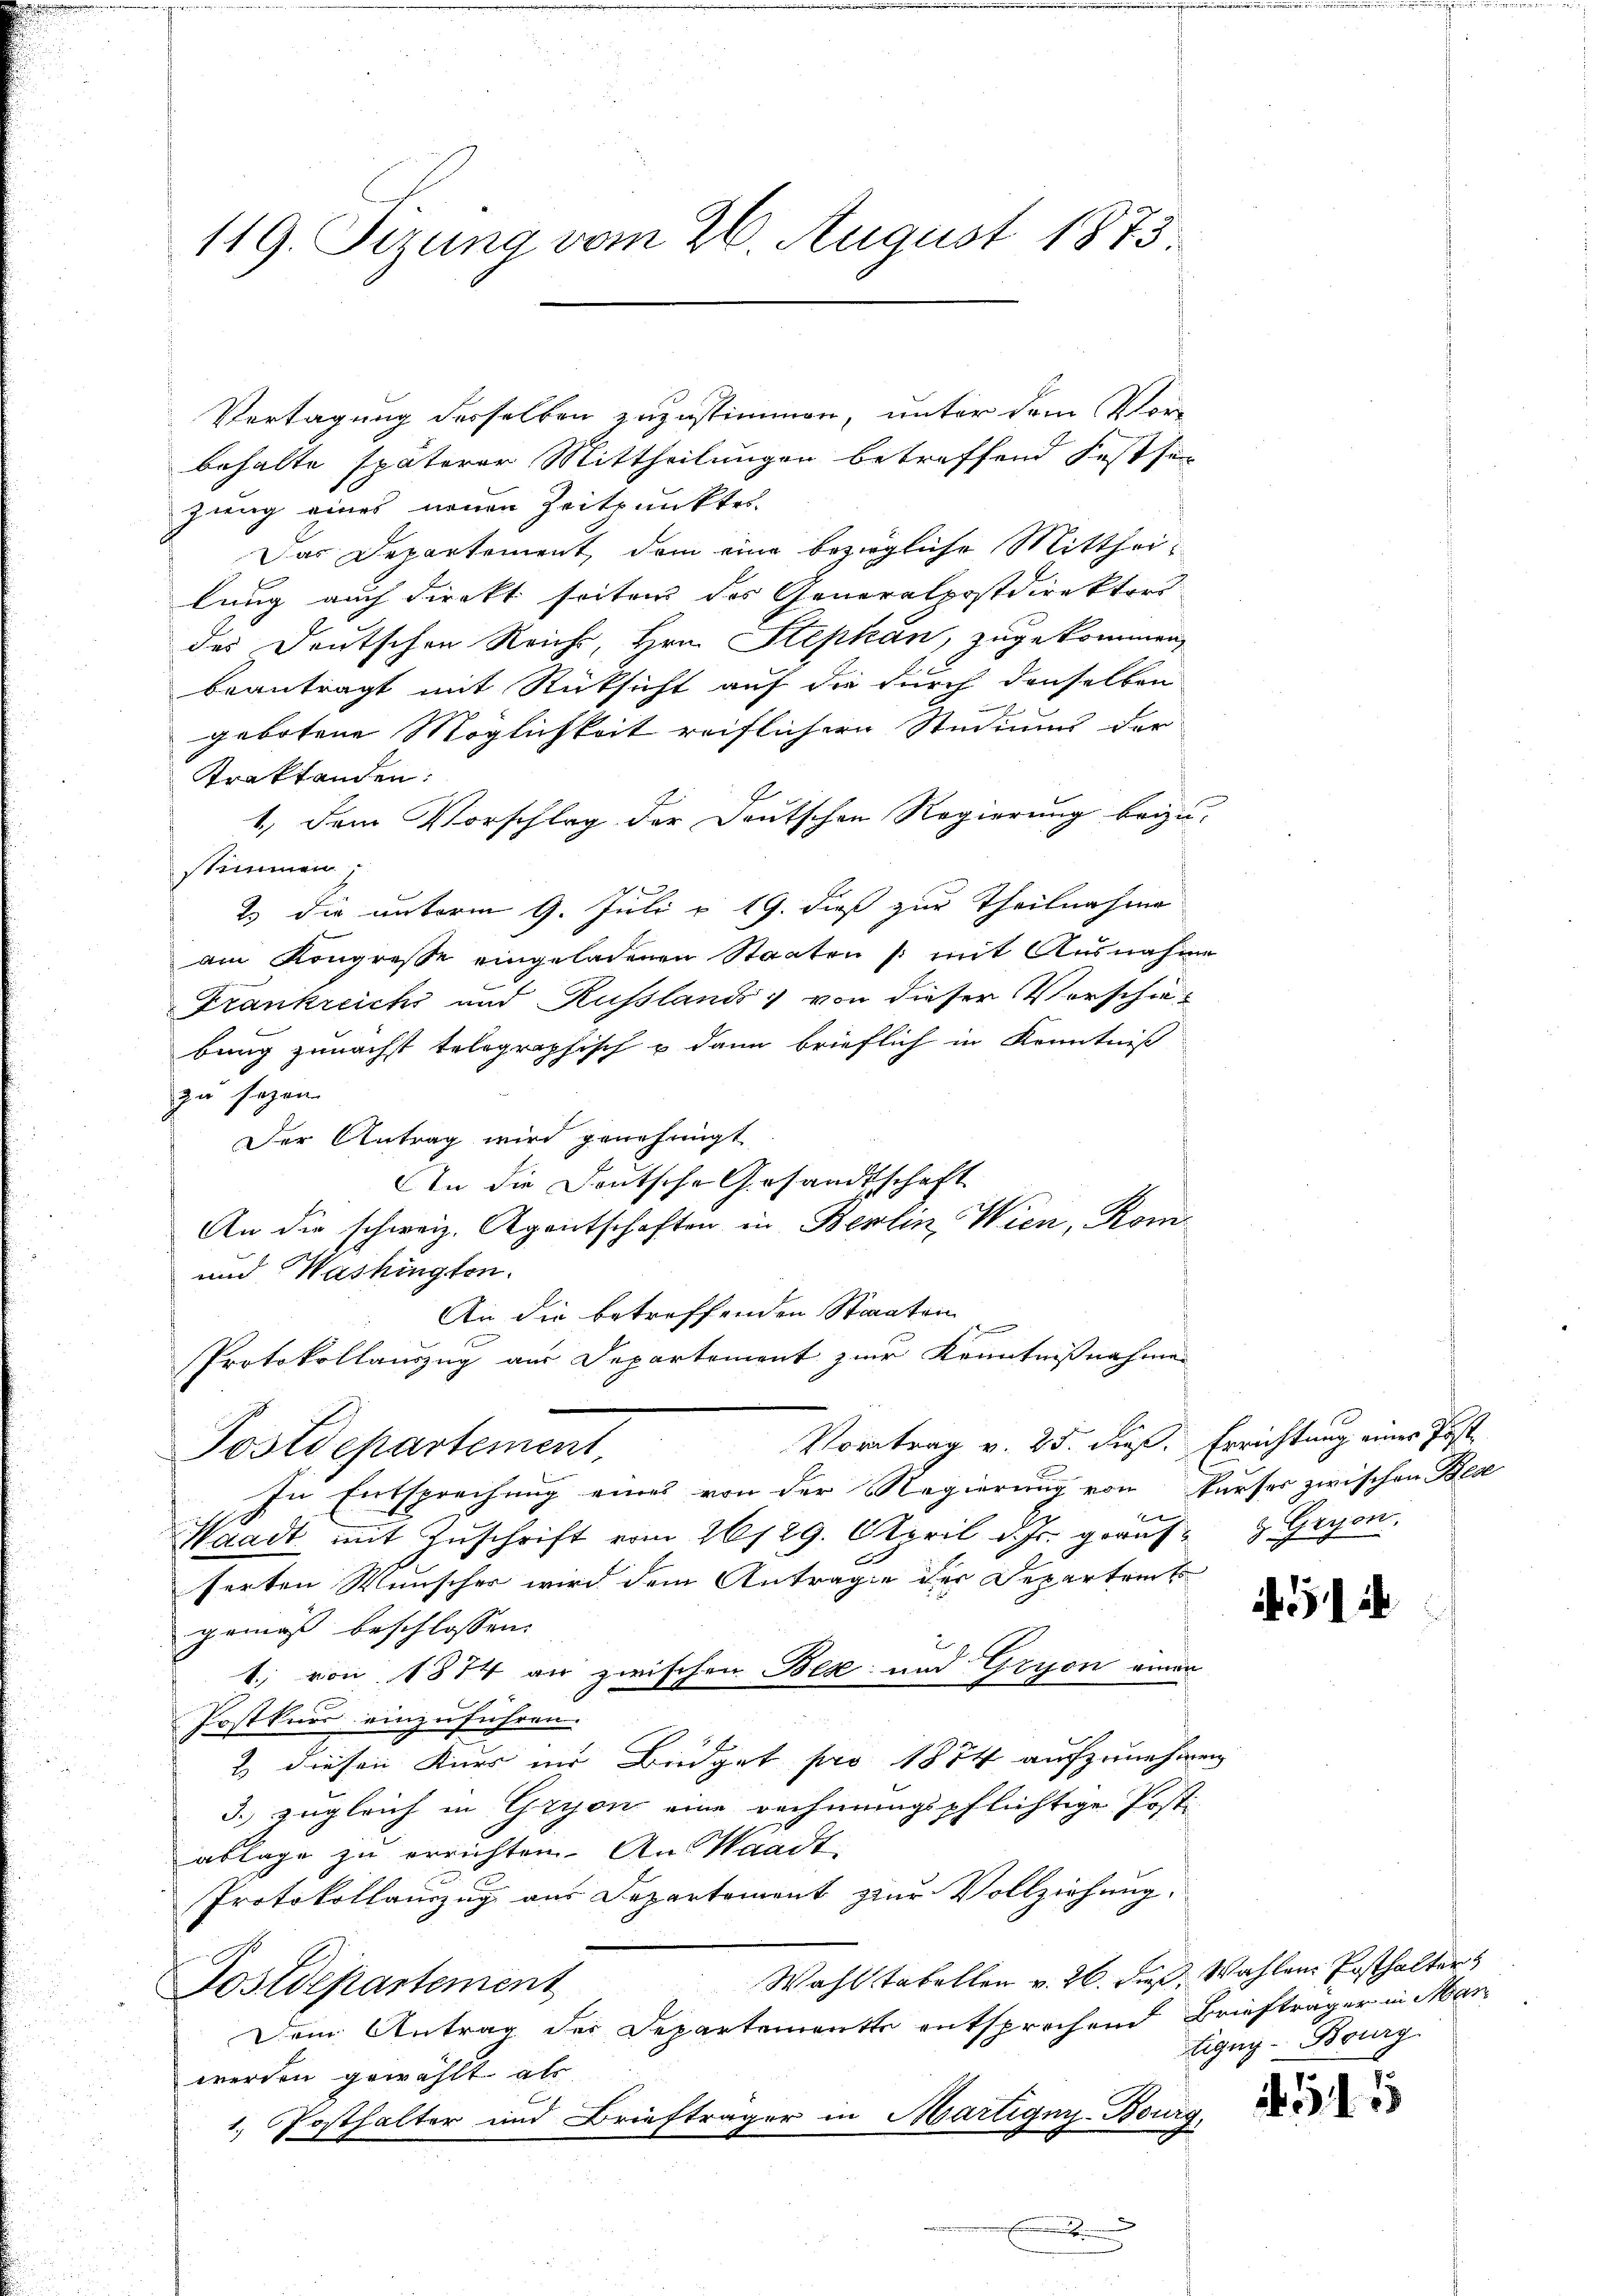
119. Sizung vom 26. August 1873.

Vertagung desselben zuzustimmen, unter dem Vor
behalte späterer Mittheilungen betreffend Festse
zung eines neuen Zeitpunktes.
Das Departement, dem eine bezügliche Mittheilung auch direkt seitens des Generalpostdirektors
des Deutschen Reicht, Hrn. Stephan, zugekommen,
beantragt mit Rücksicht auf die durch denselben
r
gebotene Möglichkeit reiflichern Studium der
Traktanden:
1.) Dem Vorschlag der Deutschen Regierung beizu-
stimmen,
2 die unterm 9. Juli v. 19. dieß zur Theilnahme
am Kongresse eingeladenen Staaten /: mit Ausnahme
Frankreichs und Russland von dieser Vorschiebung zunächst telographisch u dann brieflich in Kenntniß
zu sagen.
Der Antrag wird genehmigt
An die Deutsche Gesandtschaft
An die schweiz. Agentschaften in Berlin Wien, Kom¬
und Washingten.
An die betreffenden Staaten
Protokollauszug aus Departement zur Kenntnißnahmen
Vortrag v. 25. dieß. Errichtung einer Post
Postdepartement,
In Entsprechung eines von der Regierung von Kurses zwischen Bese
Waadt mit Zŭschrift vom 26/29. April d. Js. geäuf- & Gryon.
ferten Wünscher wird dem Antrage der Departemb
gemäß beschlossen:
1; von 1874 an zwischen Bex und Gryon einen
Postkurs einzuführen.
2 diesen Kurs im Büdget pro 1874 aufzunehmen,
3. zugleich in Gryon eine rechnungspflichtige Posti
ablage zu errichten. An Waadt,
Protokollauszug aus Departement zur Vollziehung.
Wahl tabellen v. 26. dies Wahlen Posthalter
Postdepartement
Dem Antrag des Departemente entsprochend Briefträger in Marwerden gewählt als
1. Posthalter und Briefträger in Martiger-Bouro
2
.

1 ib

Eigny-Burg.

541